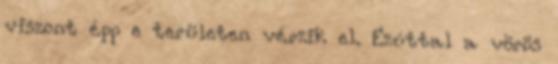
viszont épp e területen vérzik el. Ezúttal a vörös